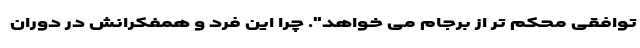
توافقی محکم تر از برجام می خواهد". چرا این فرد و همفکرانش در دوران